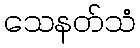
သေနတ်သံ